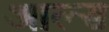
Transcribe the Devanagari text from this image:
आल्स